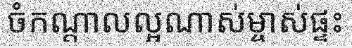
ចំកណ្តាលល្អណាស់ម្ចាស់ផ្ទះ